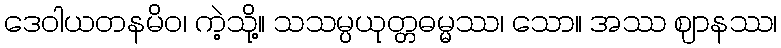
ဒေဝါယတနမိဝ၊ ကဲ့သို့။ သသမ္ပယုတ္တဓမ္မဿ၊ သော။ အဿ ဈာနဿ၊